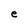
Character: e